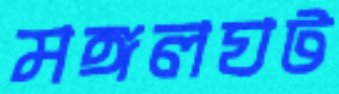
মঙ্গলঘট